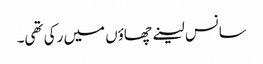
سانس لینے چھاؤں میں رکی تھی۔